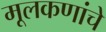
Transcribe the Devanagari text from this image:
मूलकणांचे